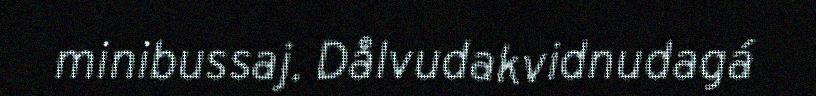
minibussaj. Dålvudakvidnudagá